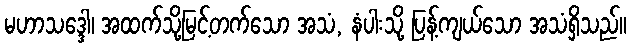
မဟာသဒ္ဒေါ၊ အထက်သို့မြင့်တက်သော အသံ, နံပါးသို့ ပြန့်ကျယ်သော အသံရှိသည်။